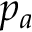
p _ { a }